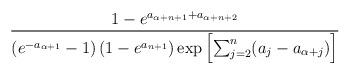
LaTeX: \begin{align*}\frac{1 - e^{a_{\alpha + n+1}+a_{\alpha+n+2}}}{\left(e^{-a_{\alpha +1}} - 1 \right) \left( 1 - e^{a_{n+1}} \right) \exp \left[ \sum_{j=2}^n (a_j - a_{\alpha+j}) \right]}\end{align*}